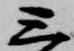
三